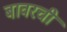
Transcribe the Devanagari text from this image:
बावरची